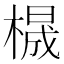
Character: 𱤋